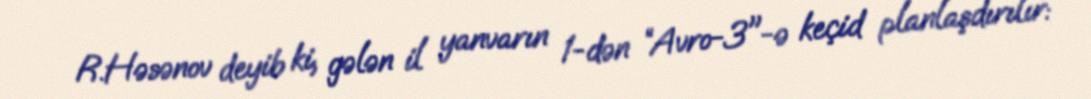
R.Həsənov deyib ki, gələn il yanvarın 1-dən “Avro-3"-ə keçid planlaşdırılır: